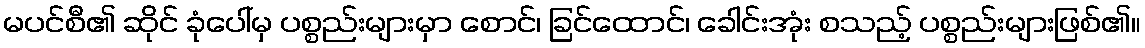
မပင်စီ၏ ဆိုင် ခုံပေါ်မှ ပစ္စည်းများမှာ စောင်၊ ခြင်ထောင်၊ ခေါင်းအုံး စသည့် ပစ္စည်းများဖြစ်၏။